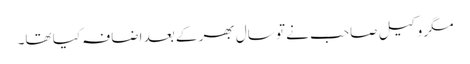
مگر وکیل صاحب نے تو سال بھر کے بعد اضافہ کیا تھا۔